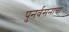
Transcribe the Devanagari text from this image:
पुनर्वसनाचा